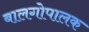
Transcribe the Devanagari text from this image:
बालगोपालक